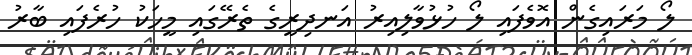
ލޯ މަރައިގެން އޮވެފައި ލޯ ހުޅުވާލިއިރު އަނދިރީގެ ތެރޭގައި މީހަކު ހުރެފައި ބާރު